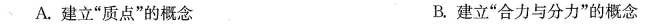
A.建立”质点”的概念 B.建立”合力与分力”的概念